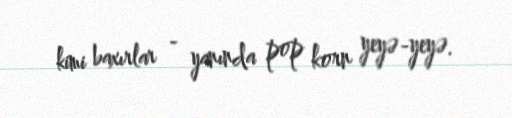
kimi baxırlar - yanında pop korn yeyə-yeyə.